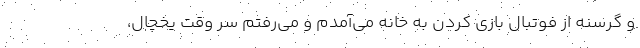
و گرسنه از فوتبال بازی کردن به خانه می‌آمدم و می‌رفتم سر وقت یخچال،